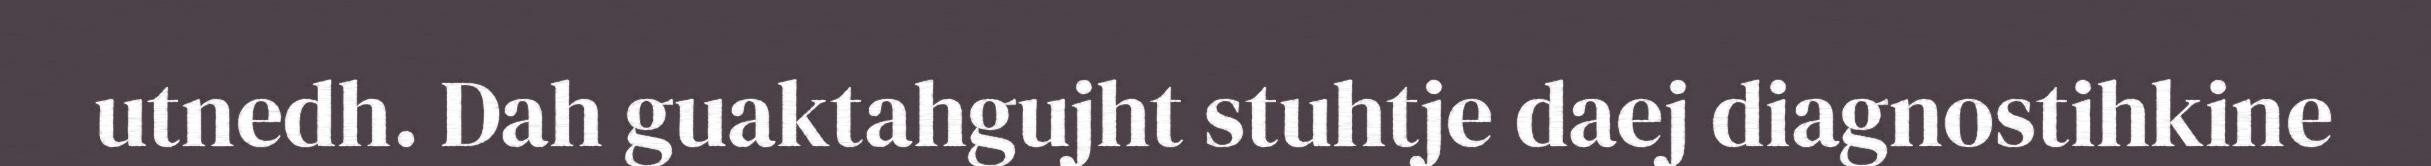
utnedh. Dah guaktahgujht stuhtje daej diagnostihkine